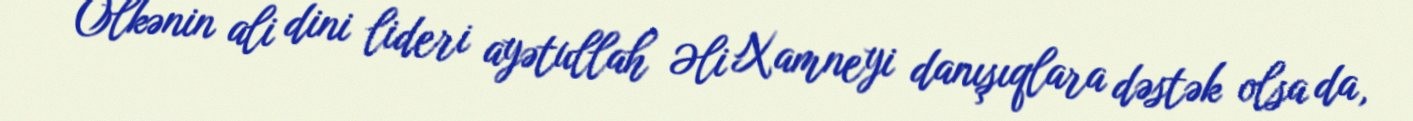
Ölkənin ali dini lideri ayətullah Əli Xamneyi danışıqlara dəstək olsa da,